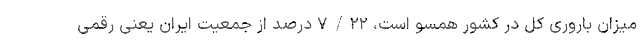
میزان باروری کل در کشور همسو است، ۷/۲۲ درصد از جمعیت ایران یعنی رقمی